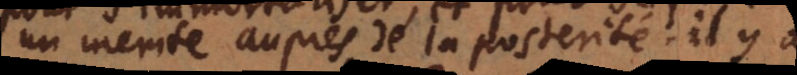
un merite aupres de la posterité. Il y a